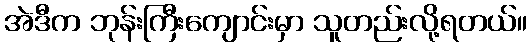
အဲဒီက ဘုန်းကြီးကျောင်းမှာ သူတည်းလို့ရတယ်။